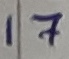
Text: 17